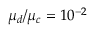
\mu _ { d } / \mu _ { c } = 1 0 ^ { - 2 }